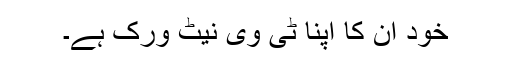
خود ان کا اپنا ٹی وی نیٹ ورک ہے۔